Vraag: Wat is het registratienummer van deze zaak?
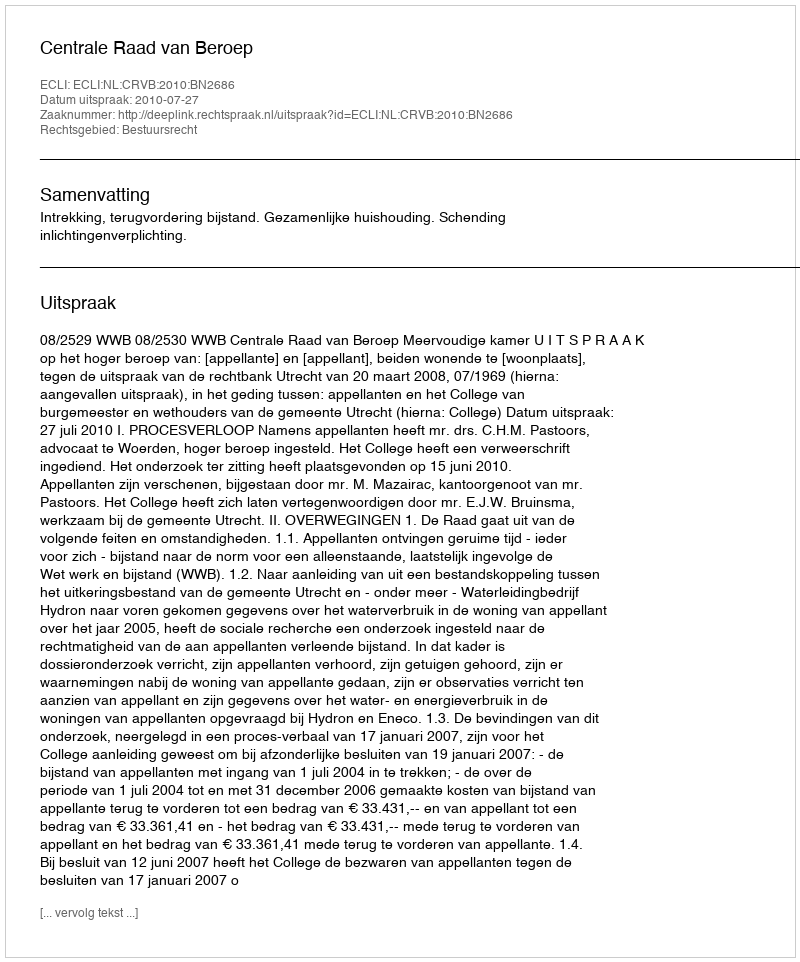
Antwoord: http://deeplink.rechtspraak.nl/uitspraak?id=ECLI:NL:CRVB:2010:BN2686